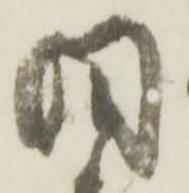
同